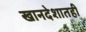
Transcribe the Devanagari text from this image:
खानदेशातही